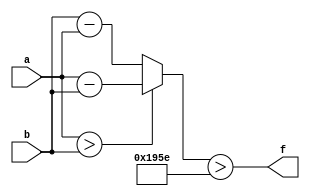
module wce_mit(a, b, f);
parameter _bit = 33;
parameter wce = 6494;
input [_bit - 1: 0] a;
input [_bit - 1: 0] b;
output f;
wire [_bit - 1: 0] diff;
assign diff = (a > b)? (a - b): (b - a);
assign f = (diff > wce);
endmodule